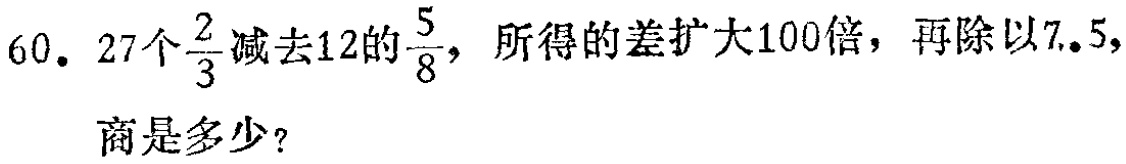
60. 27个$\frac{2}{3}$减去12的$\frac{5}{8}$，所得的差扩大100倍，再除以7.5，商是多少？